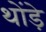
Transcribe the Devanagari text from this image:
थोंड़े